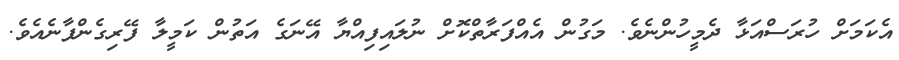
އެކަމަށް ހުރަސްއަޅާ ދެމީހުންނެވެ. މަގުން އެއްފަރާތްކޮށް ނުލައިފިއްޔާ އޭނަގެ އަތުން ކަމީލާ ފޭރިގެންފާނެއެވެ.